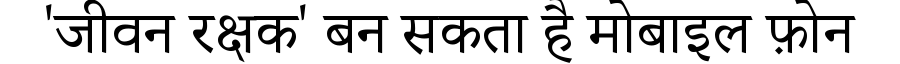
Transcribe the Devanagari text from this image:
'जीवन रक्षक' बन सकता है मोबाइल फ़ोन